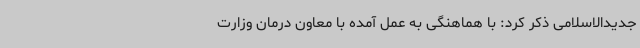
جدیدالاسلامی ذکر کرد: با هماهنگی به عمل آمده با معاون درمان وزارت